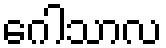
ဂေါသာလ